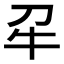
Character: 𭷔